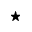
\star